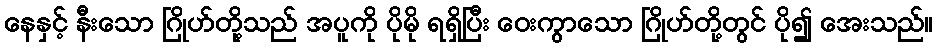
နေနှင့် နီးသော ဂြိုဟ်တို့သည် အပူကို ပိုမို ရရှိပြီး ဝေးကွာသော ဂြိုဟ်တို့တွင် ပို၍ အေးသည်။